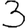
Digit: 3